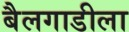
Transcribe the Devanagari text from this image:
बैलगाडीला